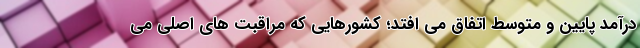
درآمد پایین و متوسط اتفاق می افتد؛ کشورهایی که مراقبت های اصلی می